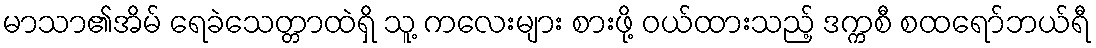
မာသာ၏အိမ် ရေခဲသေတ္တာထဲရှိ သူ့ ကလေးများ စားဖို့ ဝယ်ထားသည့် ဒက္ကစီ စထရော်ဘယ်ရီ